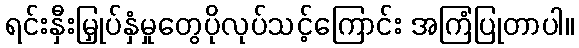
ရင်းနှီးမြှုပ်နှံမှုတွေပိုလုပ်သင့်ကြောင်း အကြံပြုတာပါ။